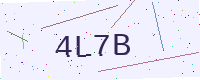
Text: 4L7B